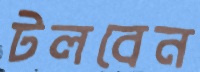
টলবেন